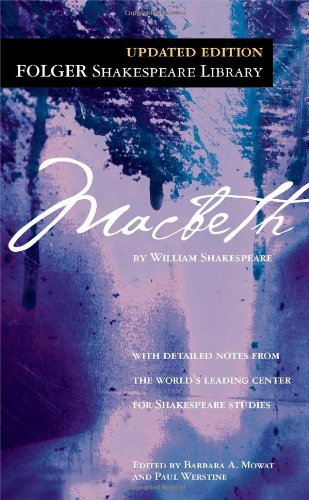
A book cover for Macbeth (Folger Shakespeare Library); William Shakespeare; Literature & Fiction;